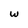
Character: w